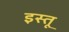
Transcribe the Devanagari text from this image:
इस्तू